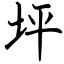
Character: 坪